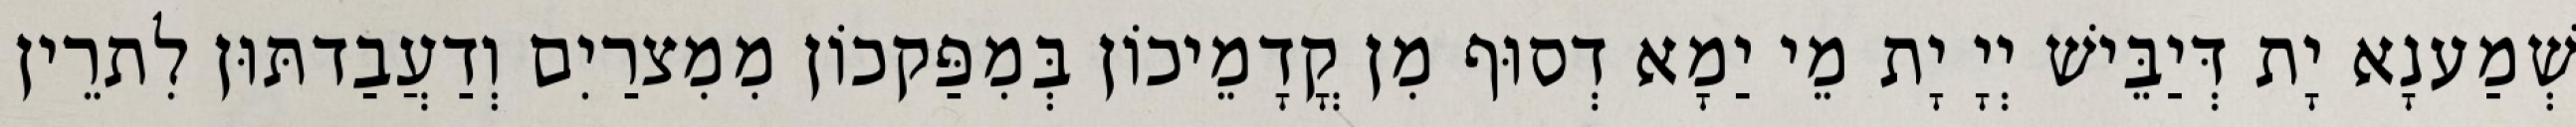
שְׁמַענָא יָת דְּיַבֵּישׁ יְיָ יָת מֵי יַמָא דְסוּף מִן קֳדָמֵיכוֹן בְּמִפַּקכוֹן מִמִצרַיִם וְדַעֲבַדתּוּן לִתרֵין